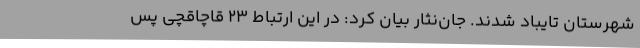
شهرستان تایباد شدند. جان‌نثار بیان کرد: در این ارتباط 23 قاچاقچی پس